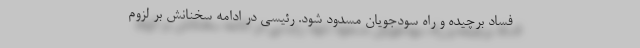
فساد برچیده و راه سودجویان مسدود شود. رئیسی در ادامه سخنانش بر لزوم